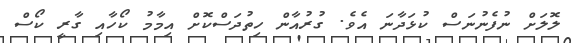
ލޮލަށް ނުފެނުނަސް ކުޅަދާނަ އެވެ. ގުރުއާން ހިތުދަސްކޮށް އިމާމު ކޯހާއި ގާރީ ކޯސް